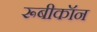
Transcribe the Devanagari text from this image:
रूबीकॉन